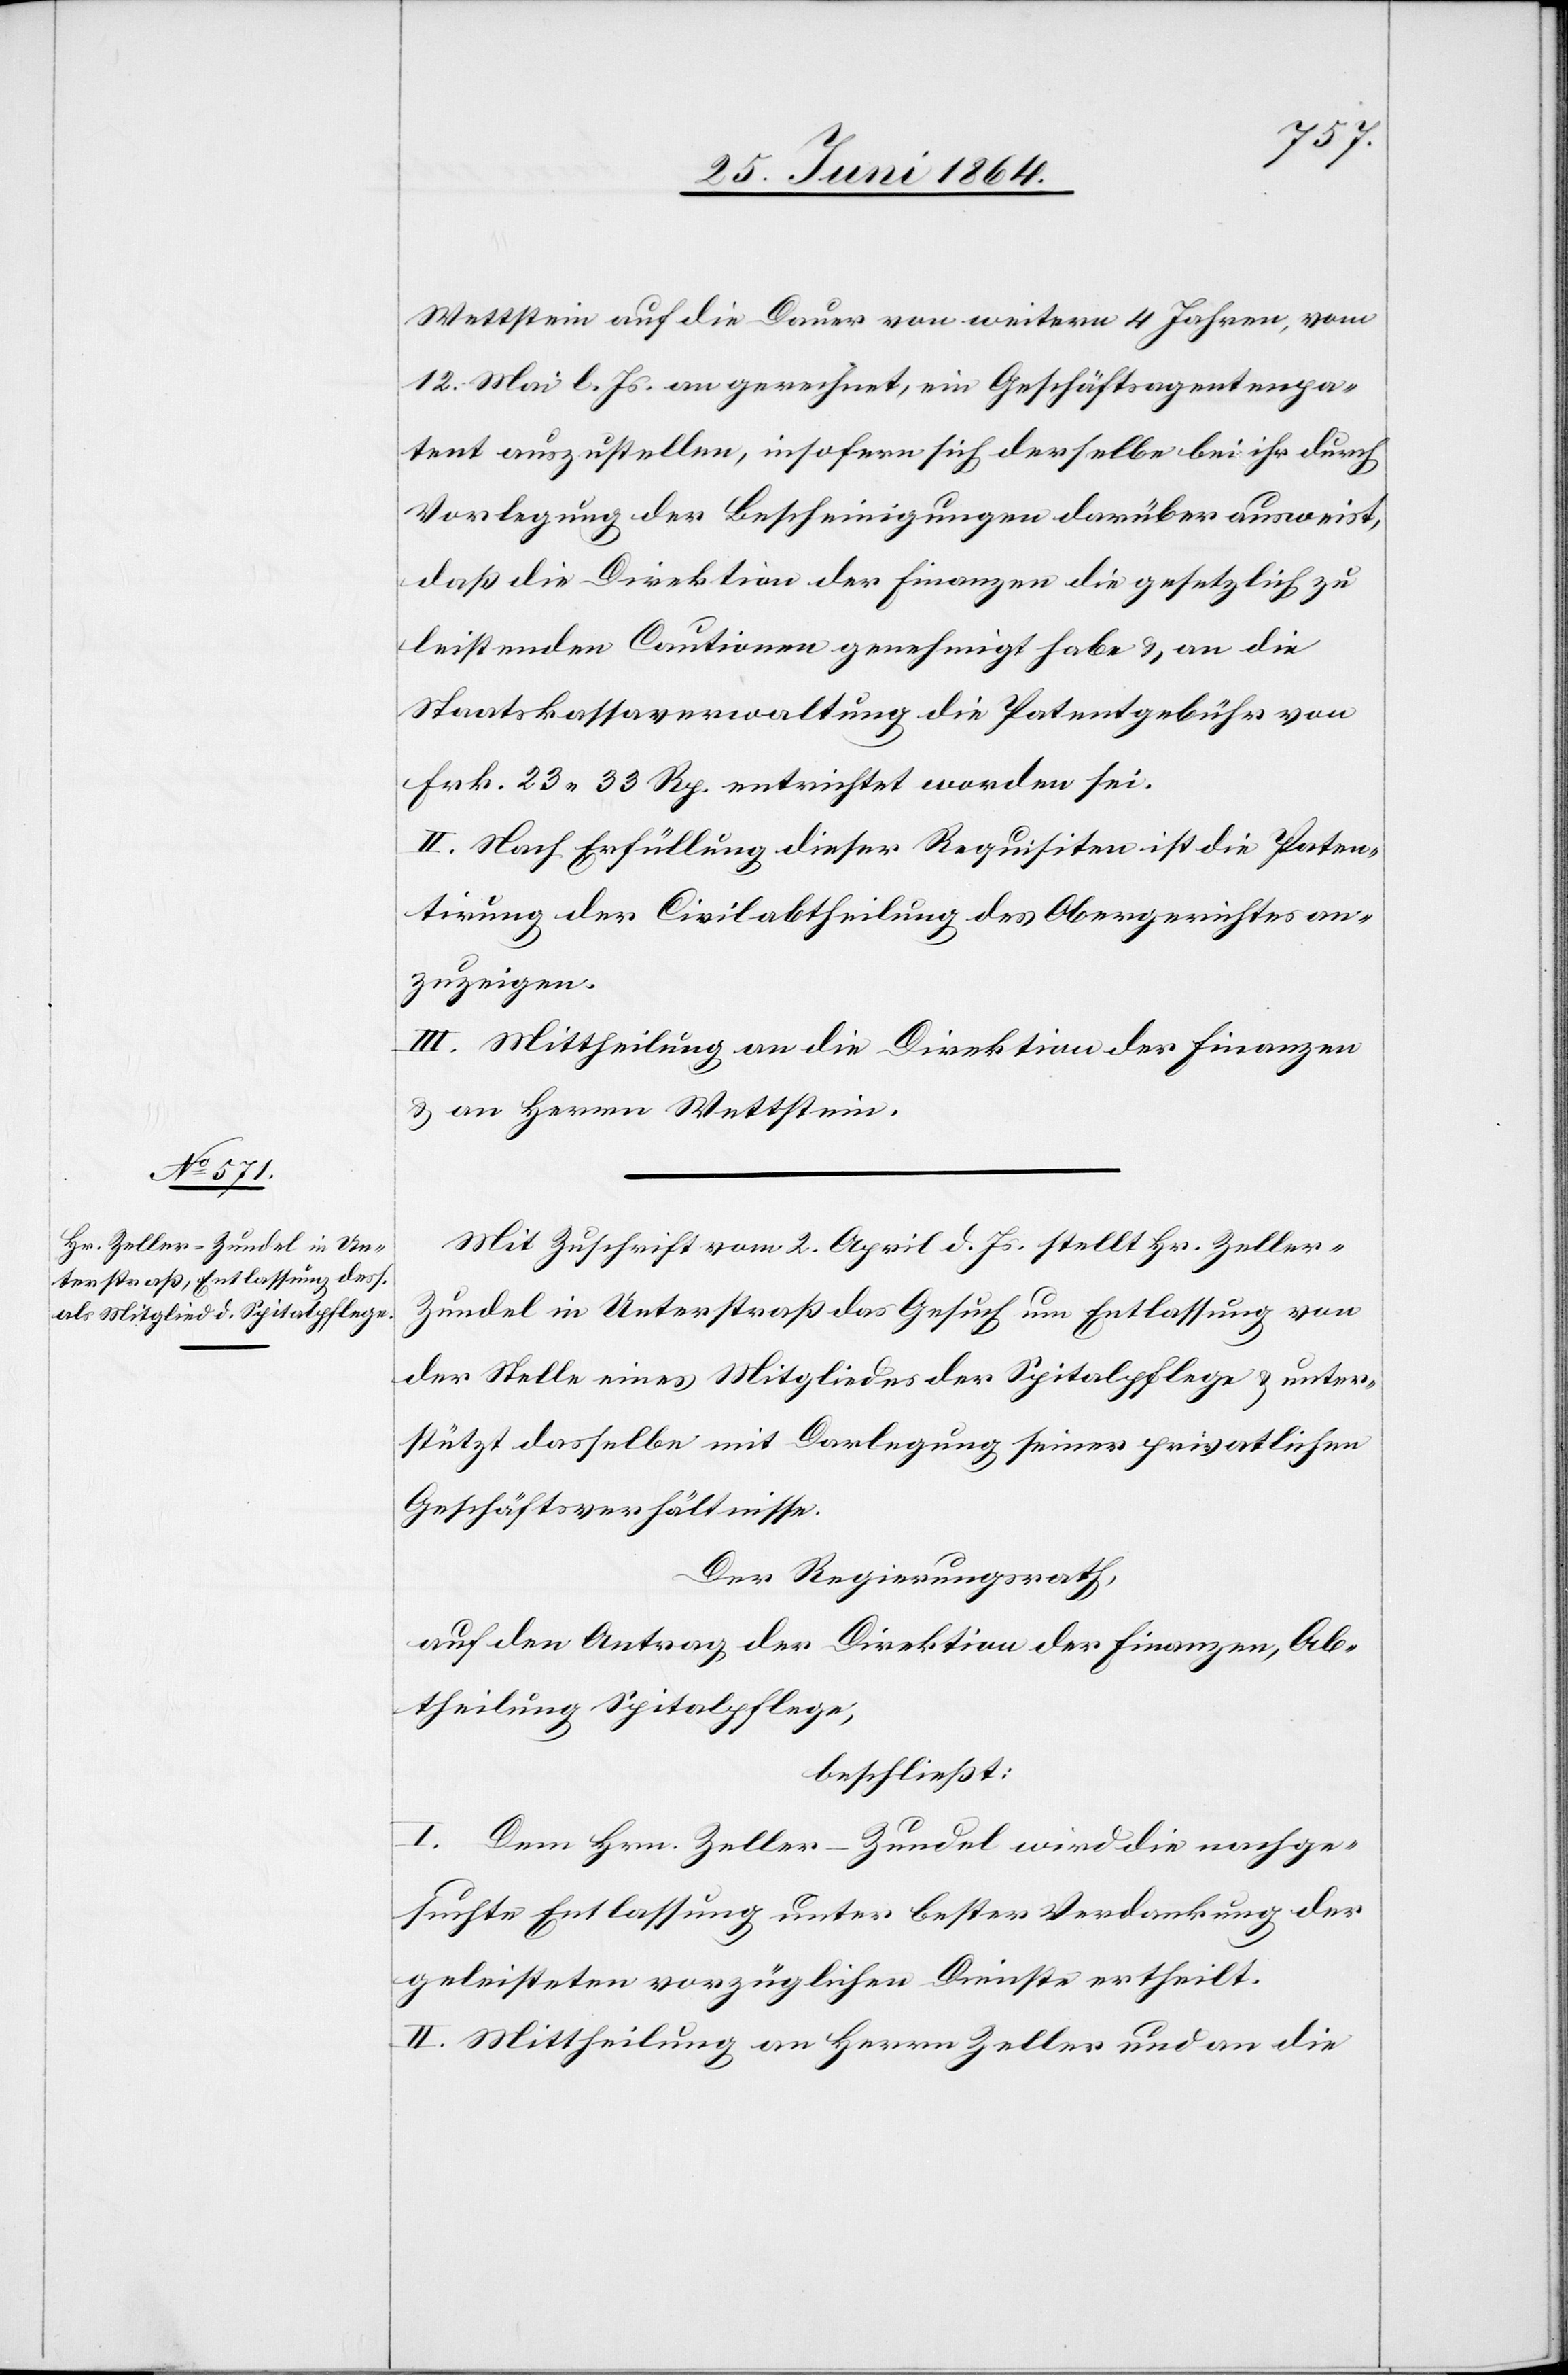
Wettstein auf die Dauer von weitern 4 Jahren, vom
12. Mai l. Js. an gerechnet, ein Geschäftsagentenpa¬
tent auszustellen, insofern sich derselbe bei ihr durch
Vorlegung der Bescheinigungen darüber ausweist,
daß die Direktion der Finanzen die gesetzlich zu
leistenden Cautionen genehmigt habe u. an die
Staatskassaverwaltung die Patentgebühr von
Frk. 23 33 Rp. entrichtet worden sei.
II. Nach Erfüllung dieser Requisiten ist die Paten¬
tirung der Civilabtheilung des Obergerichtes an¬
zuzeigen.
III. Mittheilung an die Direktion der Finanzen
u. an Herrn Wettstein.
Mit Zuschrift vom 2. April d. Js. stellt Hr. Zeller-Z¬
undel in Unterstraß das Gesuch um Entlassung von
der Stelle eines Mitgliedes der Spitalpflege u. unter¬
stützt dasselbe mit Darlegung seiner privatlichen
Geschäftsverhältnisse.
Der Regierungsrath,
auf den Antrag der Direktion der Finanzen, Ab¬
theilung Spitalpflege,
beschließt:
I. Dem Hrn. Zeller-Zundel wird die nachge¬
suchte Entlassung unter bester Verdankung der
geleisteten vorzüglichen Dienste ertheilt.
II. Mittheilung an Herrn Zeller und an die